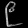
Digit: ၉